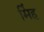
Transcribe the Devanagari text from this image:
मिंह